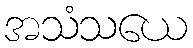
အသံသယေ